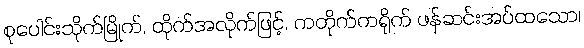
စုပေါင်းသိုက်မြိုက်, ထိုက်အလိုက်ဖြင့်, ကတိုက်ကရိုက် ဖန်ဆင်းအပ်ထသော၊